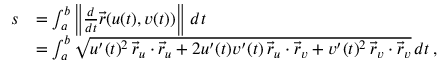
{ \begin{array} { r l } { s } & { = \int _ { a } ^ { b } \left\| { \frac { d } { d t } } { \vec { r } } ( u ( t ) , v ( t ) ) \right\| \, d t } \\ & { = \int _ { a } ^ { b } { \sqrt { u ^ { \prime } ( t ) ^ { 2 } \, { \vec { r } } _ { u } \cdot { \vec { r } } _ { u } + 2 u ^ { \prime } ( t ) v ^ { \prime } ( t ) \, { \vec { r } } _ { u } \cdot { \vec { r } } _ { v } + v ^ { \prime } ( t ) ^ { 2 } \, { \vec { r } } _ { v } \cdot { \vec { r } } _ { v } } } \, d t \, , } \end{array} }